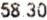
58.30